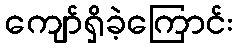
ကျော်ရှိခဲ့ကြောင်း